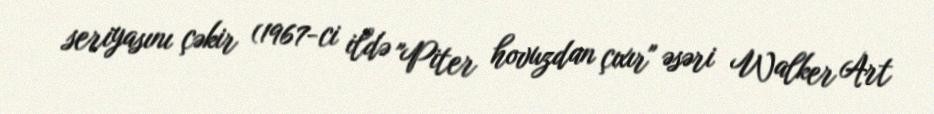
seriyasını çəkir (1967-ci ildə "Piter hovuzdan çıxır" əsəri Walker Art